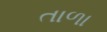
તાળા